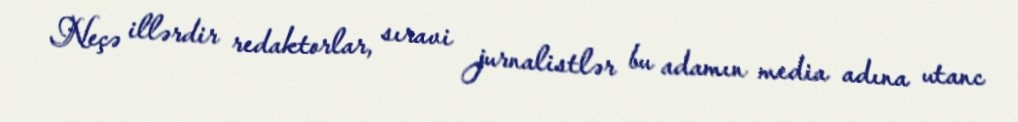
Neçə illərdir redaktorlar, sıravi jurnalistlər bu adamın media adına utanc